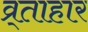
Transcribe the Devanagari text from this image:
व्र्ताहार